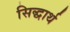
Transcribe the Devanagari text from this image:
सिद्धार्थ